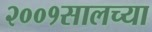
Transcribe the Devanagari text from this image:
२००१सालच्या